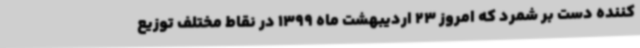
کننده دست بر شمرد که امروز 23 اردیبهشت ماه 1399 در نقاط مختلف توزیع